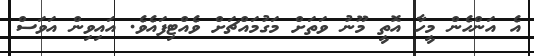
އެ އަންހެން މީހާ އޮތީ މޫނު ވަތަށް މަގުމައްޗަށް ވެެއްޓިފައެވެ. އައިވިން އަވަސް